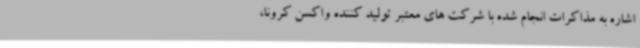
اشاره به مذاکرات انجام شده با شرکت های معتبر تولید کننده واکسن کرونا،‌